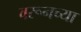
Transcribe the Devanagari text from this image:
वरूनच्या